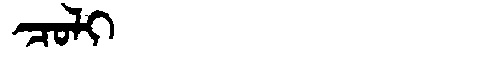
Manchu: ᠴᠣᠯᡳ
Romanization: COLI